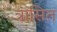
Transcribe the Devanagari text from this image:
त्रासित